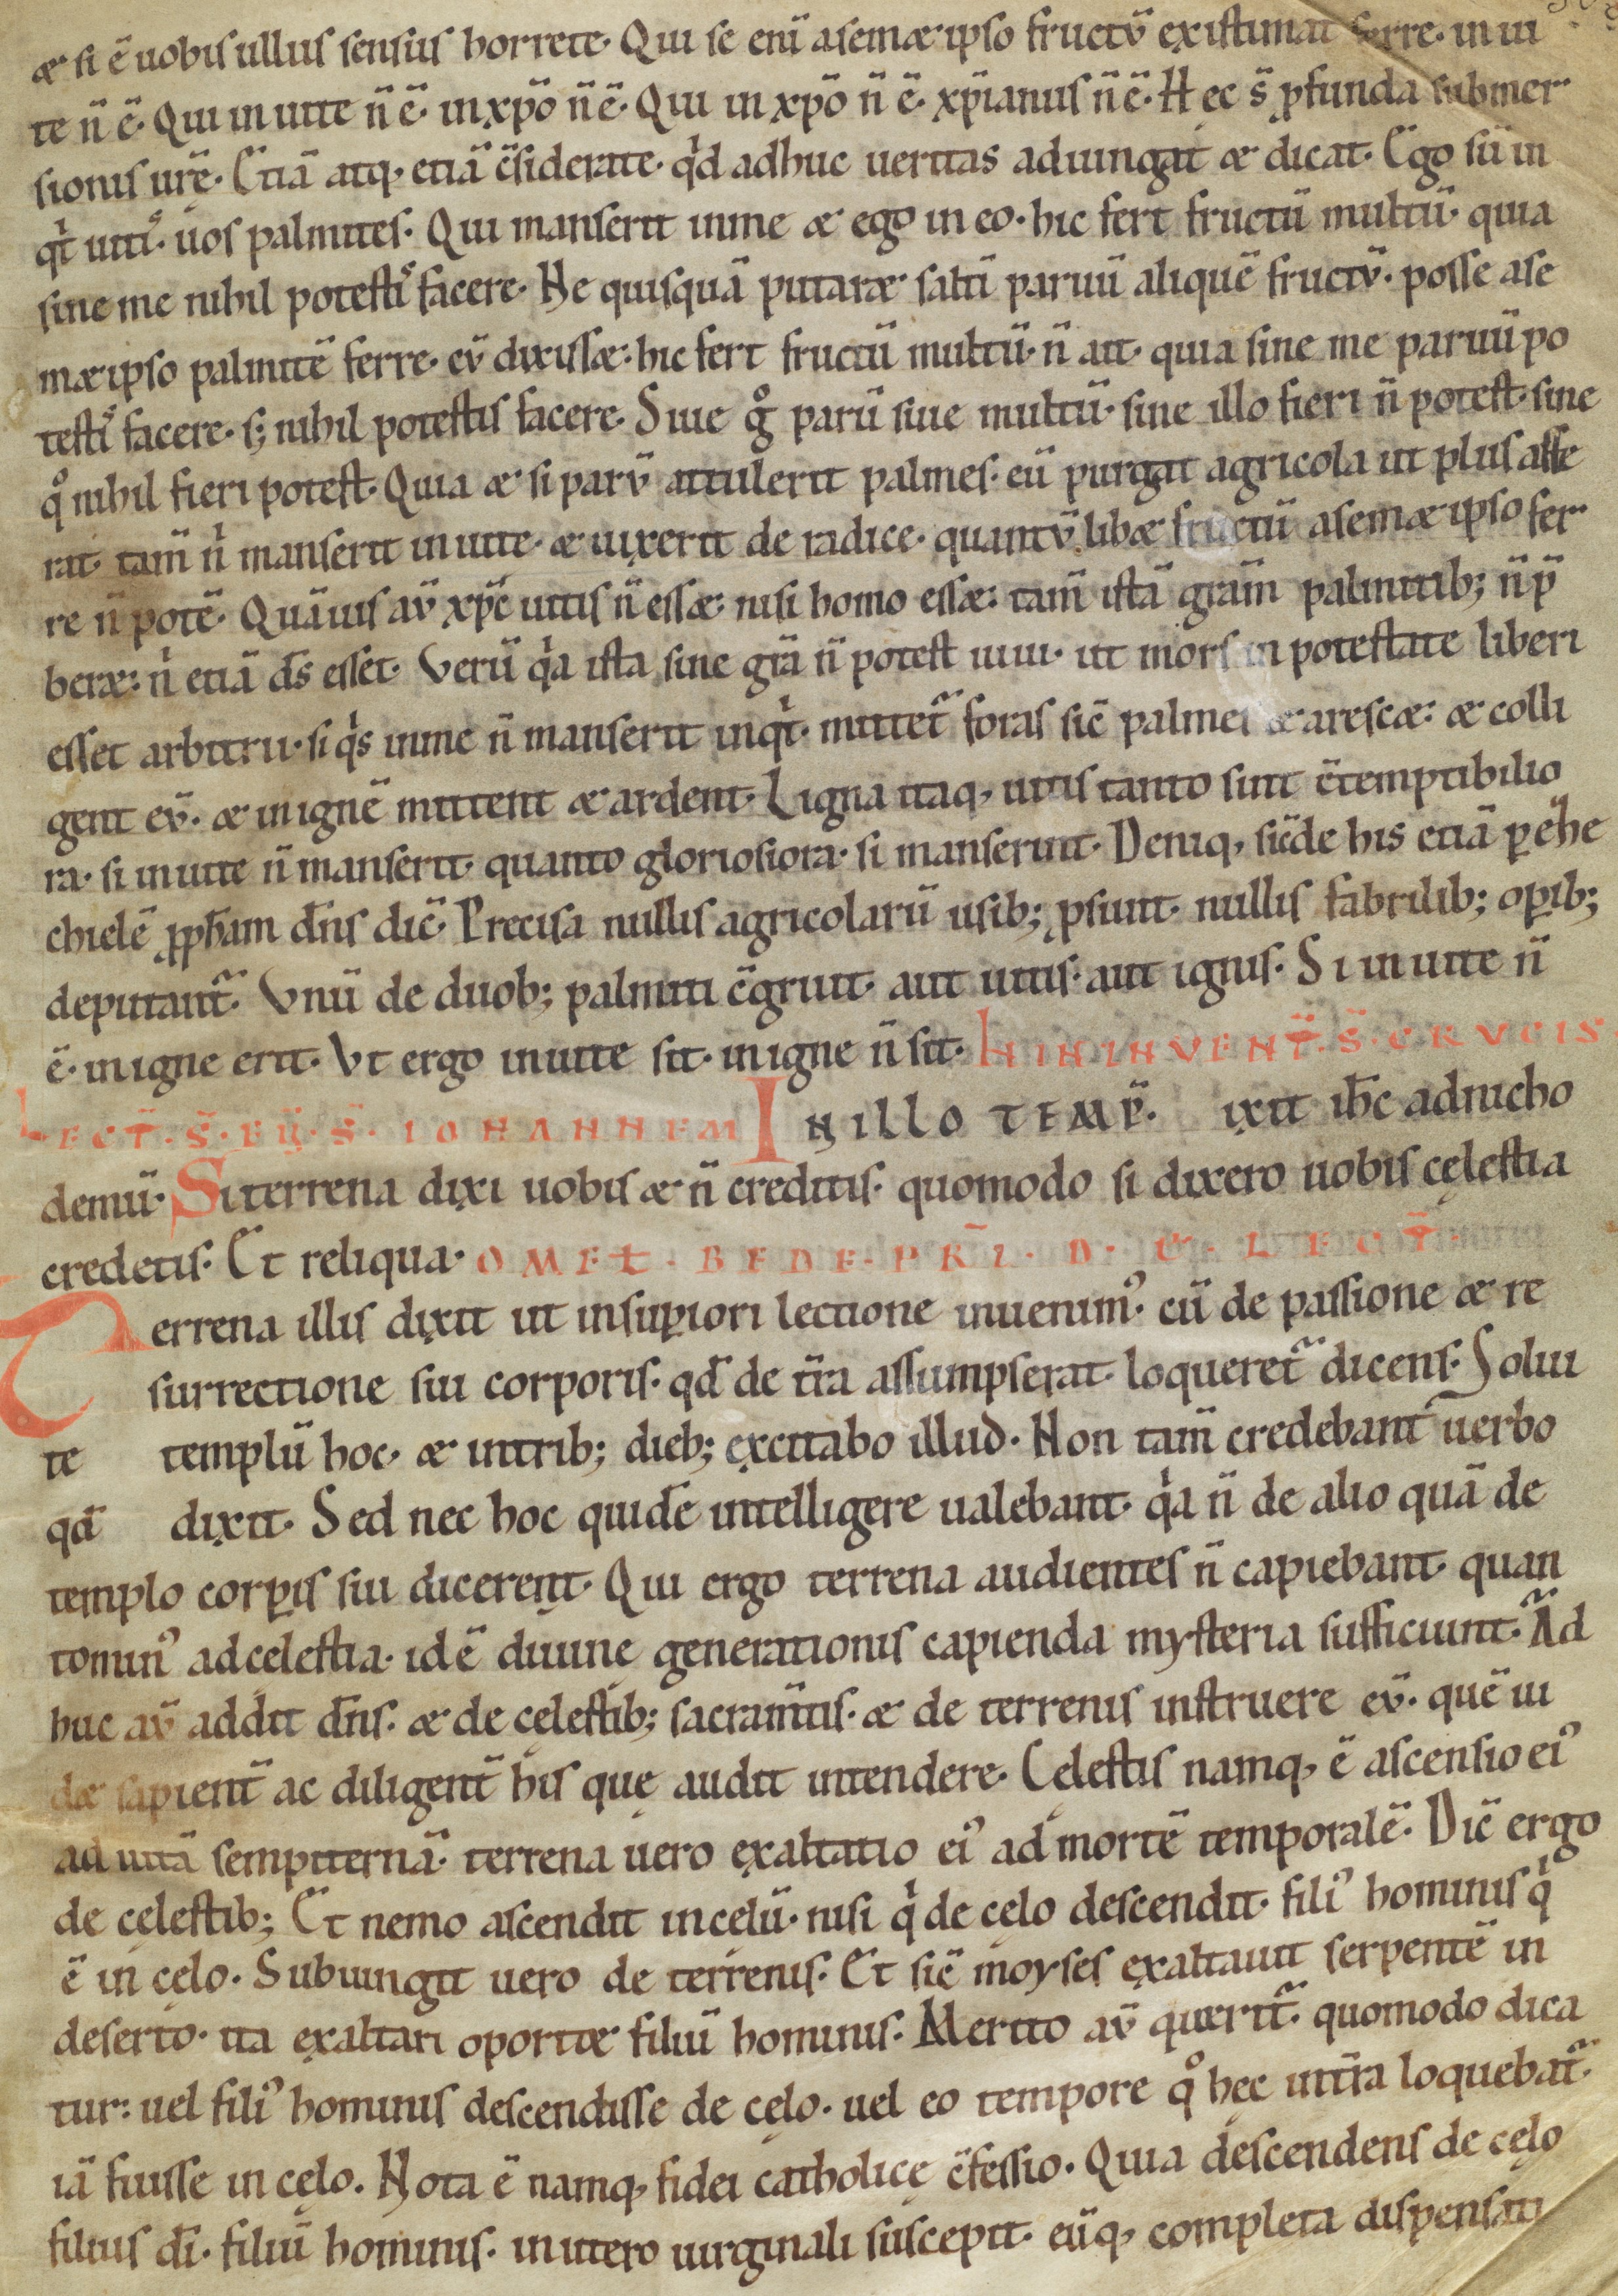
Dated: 1100–1199